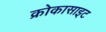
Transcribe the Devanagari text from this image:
क्रोकासाइट